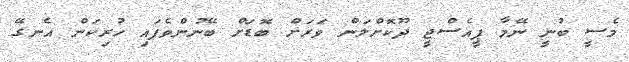
މެސީ ބުނީ ނޭމާ ޕީއެސްޖީ ދޫކޮށްލަން ވަރަށް ބޮޑަށް ބޭނުންވެފައި ހުރިކަން އެނގޭ